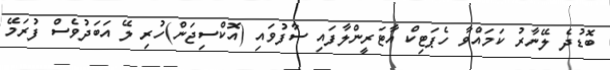
ބޮޑުދެ ލޭނާރު ކަމައްވާ ހެޕަޓިކް އާޓަރީންލާފައި ސާފުވައި (އޮކްސިޖަން)ހުރި ލޭ އަބަދުވެސް ފުރަމޭ